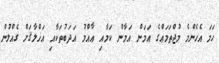
ހަމަ އެހެންމެ މުޖްތަމަޢްގެ އަމަން އަމާން ކަމާއި ޢާއްމު އަދަބުތަކާއި އަޚްލާޤަށް ގެއްލުން